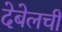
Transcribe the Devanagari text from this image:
देबेलची